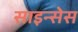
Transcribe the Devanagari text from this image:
साइन्सेस